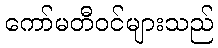
ကော်မတီဝင်များသည်